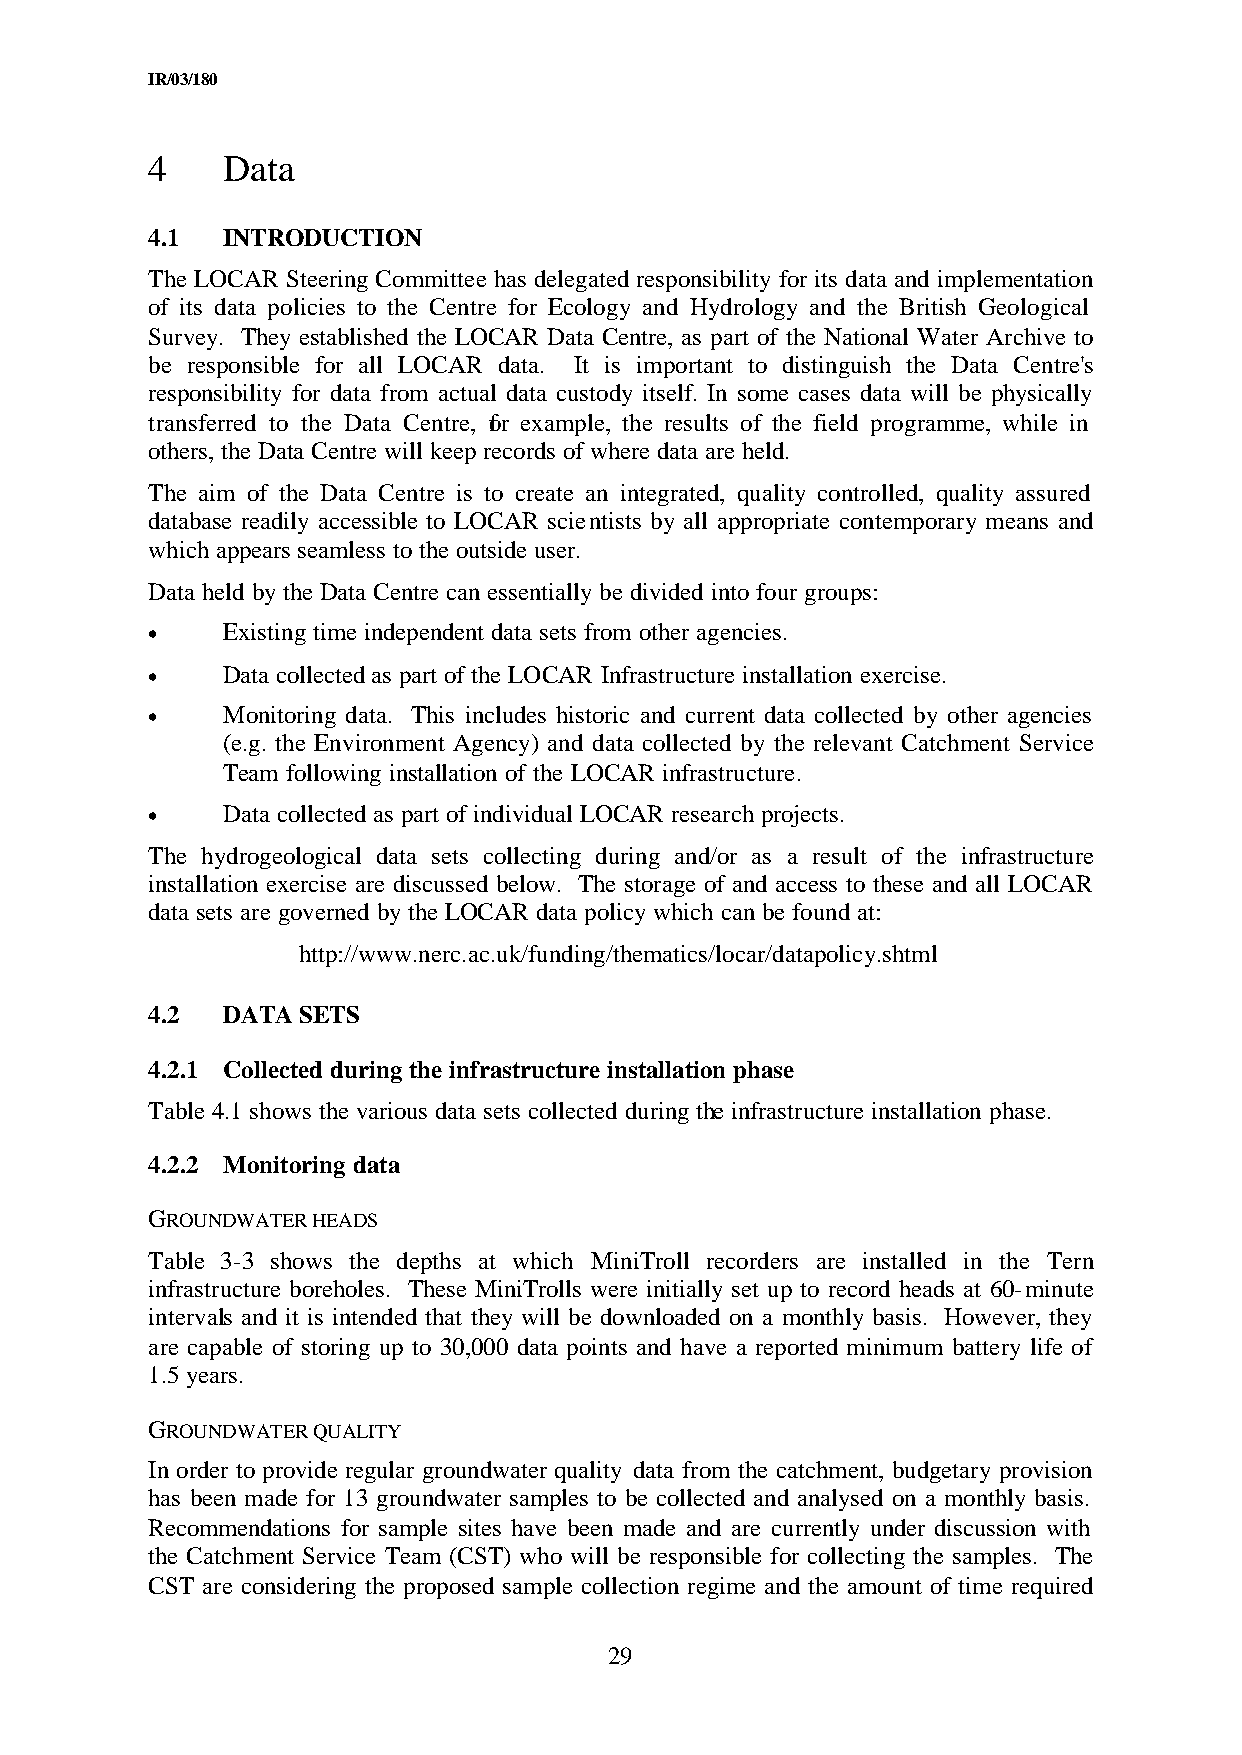
IR/03/180
 4    Data
 4.1  INTRODUCTION
 The LOCAR Steering Committee has delegated responsibility for its data and implementation
 of its data policies to the Centre for Ecology and Hydrology and the British Geological
 Survey. They established the LOCAR Data Centre, as part of the National Water Archive to
 be responsible for all LOCAR data. It is important to distinguish the Data Centre's
 responsibility for data from actual data custody itself. In some cases data will be physically
 transferred to the Data Centre, for example, the results of the field programme, while in
 others, the Data Centre will keep records of where data are held.
 The aim of the Data Centre is to create an integrated, quality controlled, quality assured
 database readily accessible to LOCAR scientists by all appropriate contemporary means and
 which appears seamless to the outside user.
 Data held by the Data Centre can essentially be divided into four groups:
 •    Existing time independent data sets from other agencies.
 •    Data collected as part of the LOCAR Infrastructure installation exercise.
 •    Monitoring data. This includes historic and current data collected by other agencies
 (e.g. the Environment Agency) and data collected by the relevant Catchment Service
 Team following installation of the LOCAR infrastructure.
 •    Data collected as part of individual LOCAR research projects.
 The hydrogeological data sets collecting during and/or as a result of the infrastructure
 installation exercise are discussed below. The storage of and access to these and all LOCAR
 data sets are governed by the LOCAR data policy which can be found at:
 http://www.nerc.ac.uk/funding/thematics/locar/datapolicy.shtml
 4.2  DATA SETS
 4.2.1 Collected during the infrastructure installation phase
 Table 4.1 shows the various data sets collected during the infrastructure installation phase.
 4.2.2 Monitoring data
 GROUNDWATER HEADS
 Table 3-3 shows the depths at which MiniTroll recorders are installed in the Tern
 infrastructure boreholes. These MiniTrolls were initially set up to record heads at 60-minute
 intervals and it is intended that they will be downloaded on a monthly basis. However, they
 are capable of storing up to 30,000 data points and have a reported minimum battery life of
 1.5 years.
 GROUNDWATER QUALITY
 In order to provide regular groundwater quality data from the catchment, budgetary provision
 has been made for 13 groundwater samples to be collected and analysed on a monthly basis.
 Recommendations for sample sites have been made and are currently under discussion with
 the Catchment Service Team (CST) who will be responsible for collecting the samples. The
 CST are considering the proposed sample collection regime and the amount of time required
 29